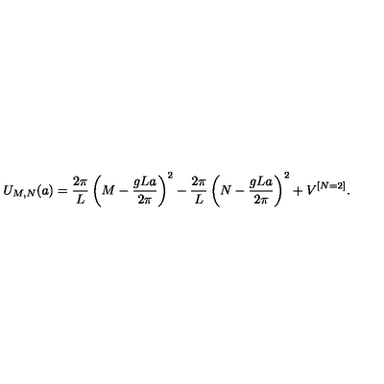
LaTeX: U _ { M , N } ( a ) = { \frac { 2 \pi } { L } } \left( M - { \frac { g L a } { 2 \pi } } \right) ^ { 2 } - { \frac { 2 \pi } { L } } \left( N - { \frac { g L a } { 2 \pi } } \right) ^ { 2 } + V ^ { [ N = 2 ] } .